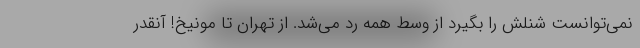
نمی‌توانست شنلش را بگیرد از وسط همه رد می‌شد. از تهران تا مونیخ! آنقدر